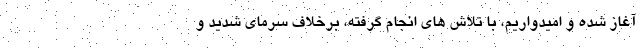
آغاز شده و امیدواریم، با تلاش های انجام گرفته، برخلاف سرمای شدید و